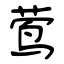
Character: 莺